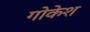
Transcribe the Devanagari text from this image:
गोकेश